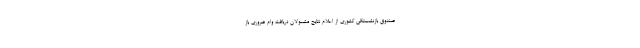
صندوق بازنشستگی کشوری از اعلام نتایج مشمولان دریافت وام ضروری باز